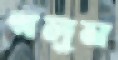
গলুন